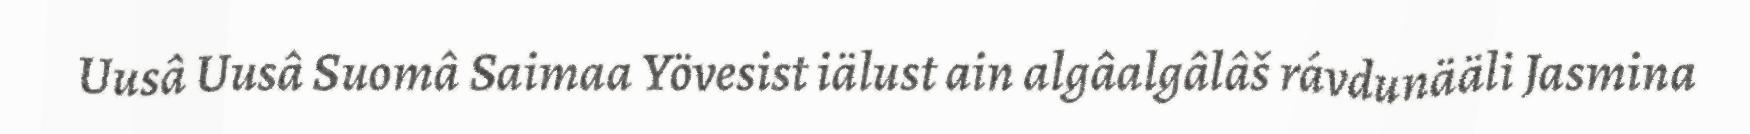
Uusâ Uusâ Suomâ Saimaa Yövesist iälust ain algâalgâlâš rávdunääli Jasmina